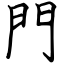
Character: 門